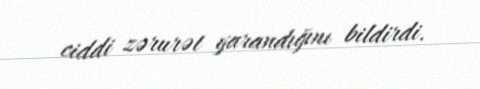
ciddi zərurət yarandığını bildirdi.